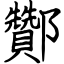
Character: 酇